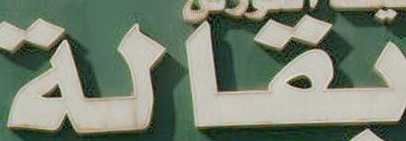
بقالة